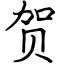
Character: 贺